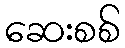
ဆေးစစ်